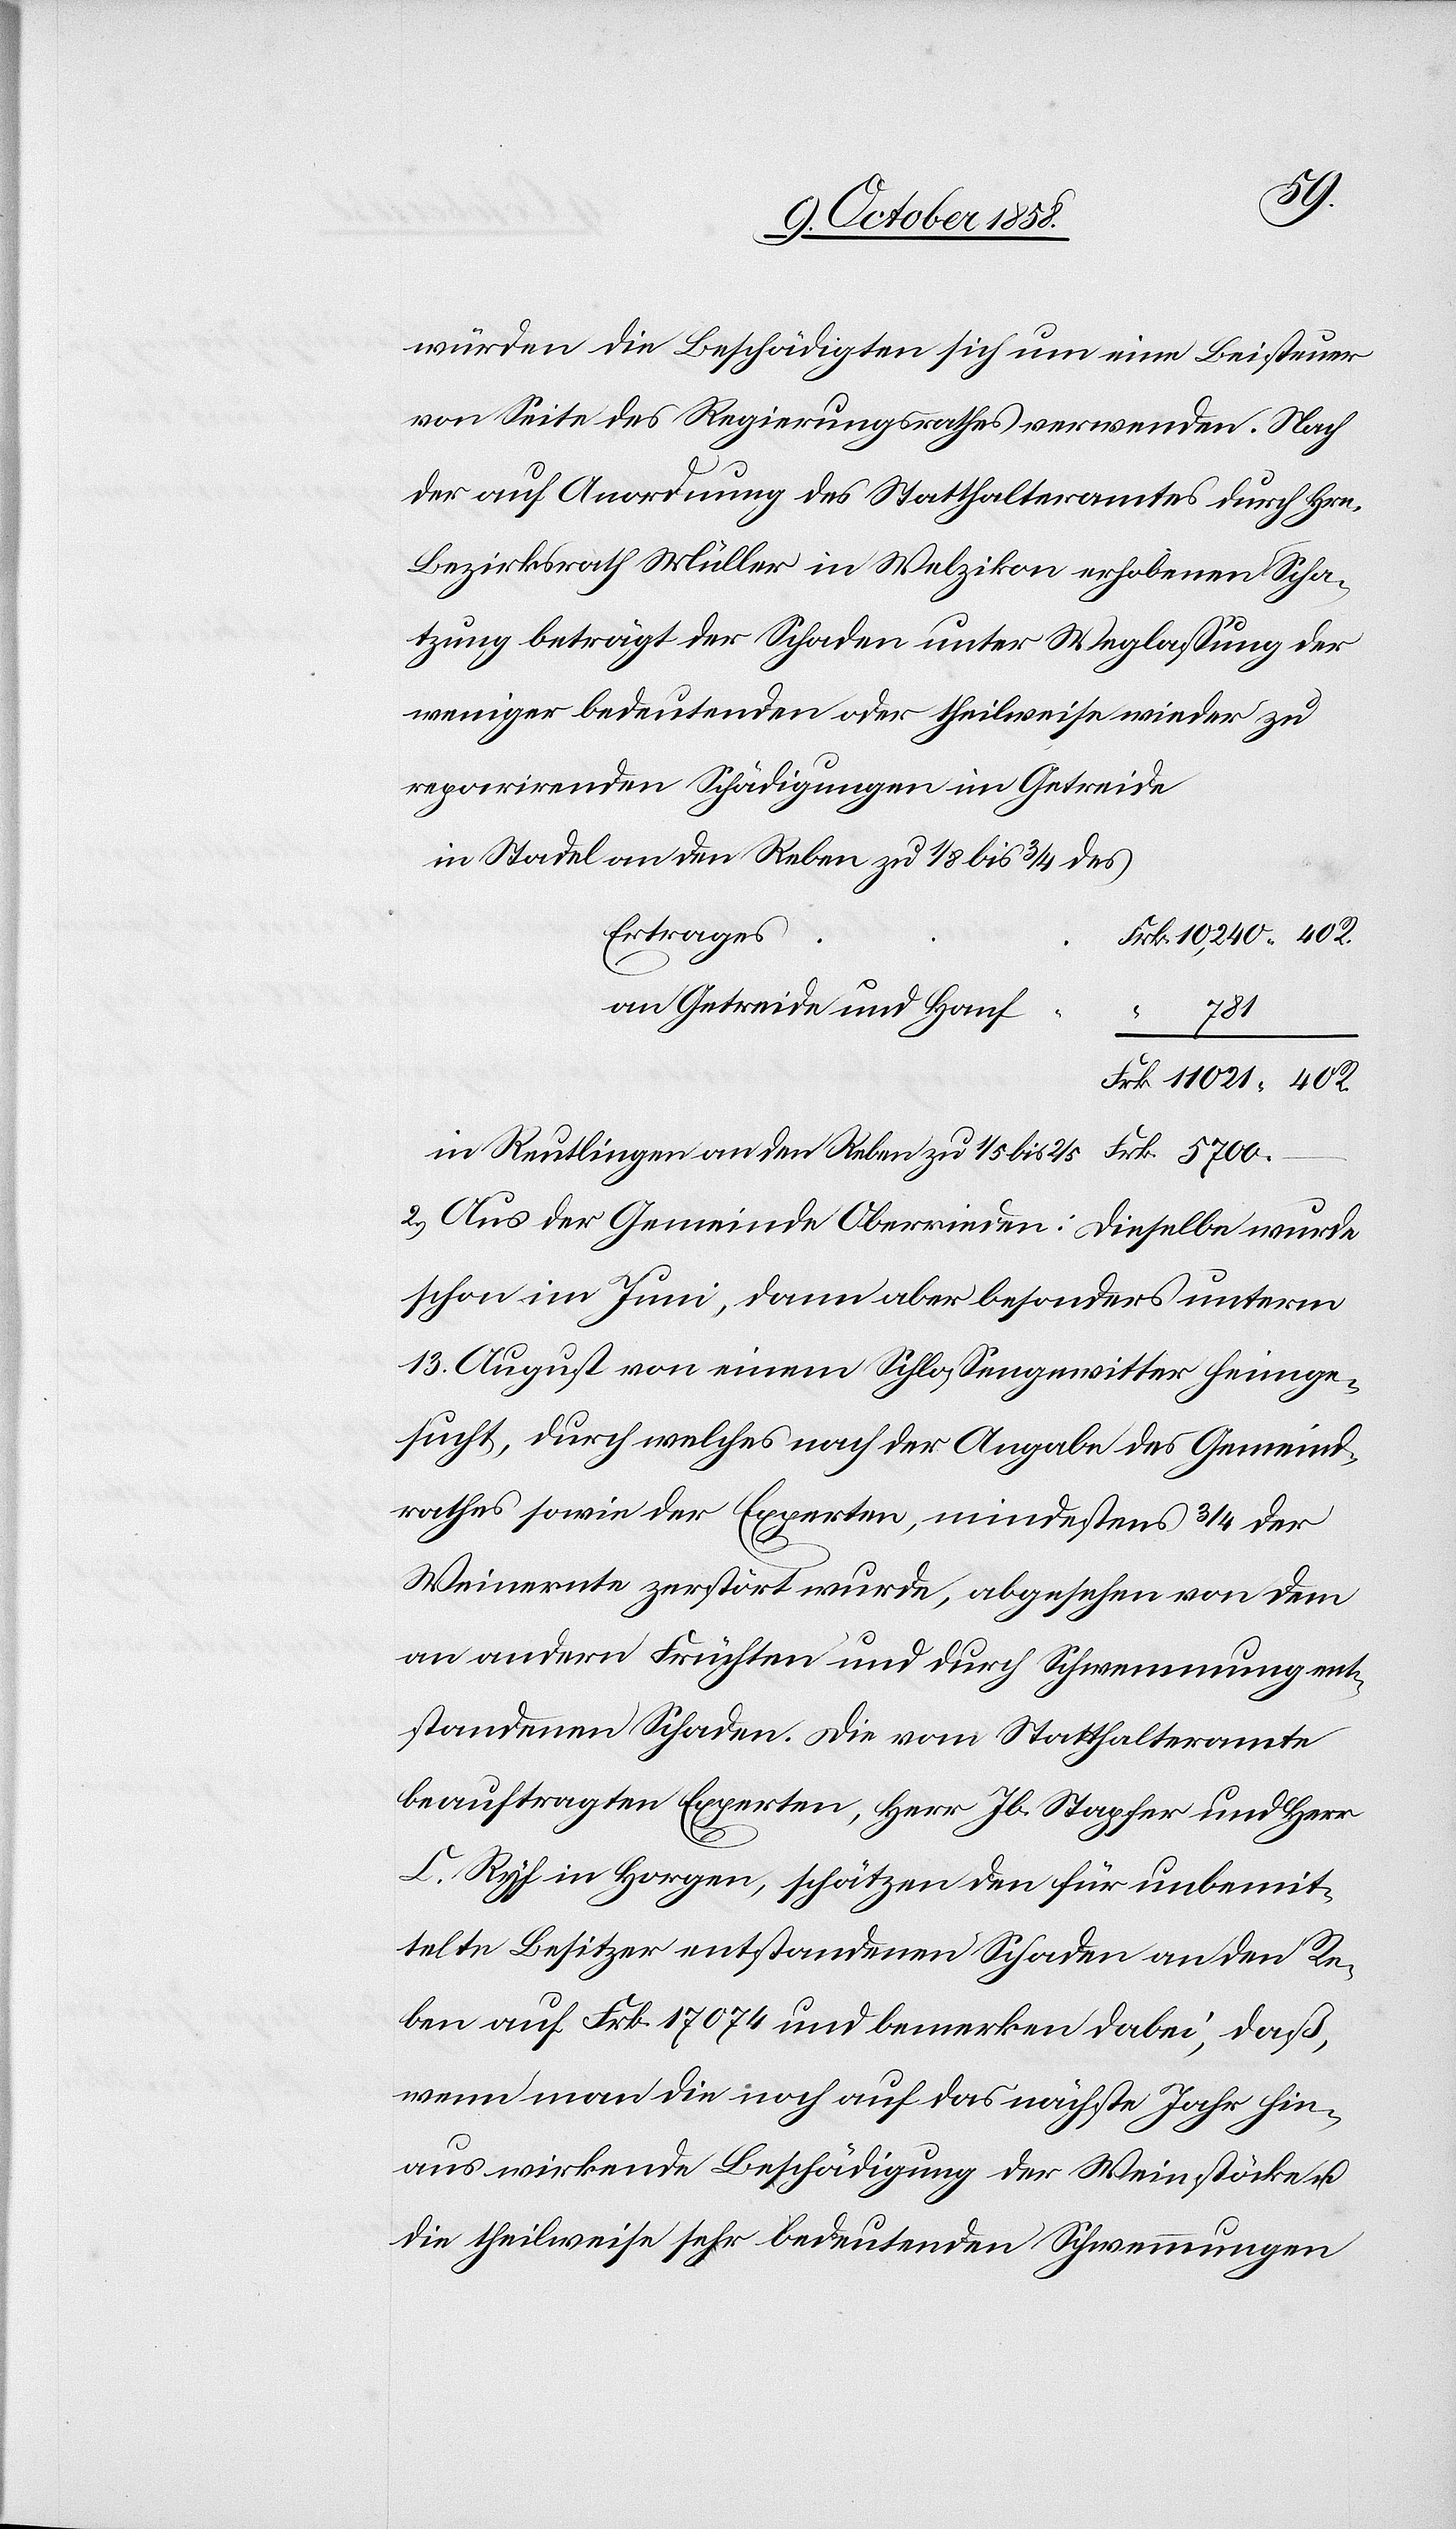
würden die Beschädigten sich um eine Beisteuer
von Seite des Regierungsrathes verwenden. Nach
der auf Anordnung des Statthalteramtes durch Hrn.
Bezirksrath Müller in Welzikon erhobenen Scha¬
tzung beträgt der Schaden unter Weglassung der
weniger bedeutenden oder theilweise wieder zu
reparirenden Schädigungen im Getreide
in Stadel an den Reben zu 1/8 bis 3/4 des
Ertrages
Frk. 10,240. 40 R.
an Getreide und Hanf
5700.
–
Frk. 11 021. 40 R.
in Reutlingen an den Reben zu 1/5 bis 2/5
2.) Aus der Gemeinde Oberrieden: Dieselbe wurde
schon im Juni, dann aber besonders unterm
13. August von einem Schlossengewitter heimge¬
sucht, durch welches nach der Angabe des Gemeind¬
rathes sowie der Experten, mindestens 3/4 der
Weinernte zerstört wurde, abgesehen von dem
an andern Früchten und durch Schwemmung ent¬
standenen Schaden. Die vom Statthalteramte
beauftragten Experten, Herr Jb. Stapfer und Herr
C. Ryf in Horgen, schätzen den für unbemit¬
telte Besitzer entstandenen Schaden an den Re¬
ben auf Frk. 17 074 und bemerken dabei, daß,
wenn man die noch auf das nächste Jahr hin¬
aus wirkende Beschädigung der Weinstöcke u.
die theilweise sehr bedeutenden Schwemmungen